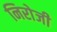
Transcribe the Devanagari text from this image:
निरोजी